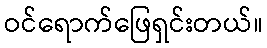
ဝင်ရောက်ဖြေရှင်းတယ်။